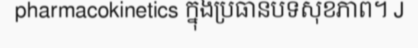
pharmacokinetics ក្នុងប្រធានបទសុខភាព។ J